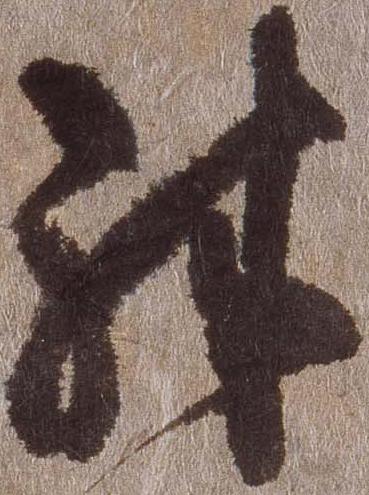
殊